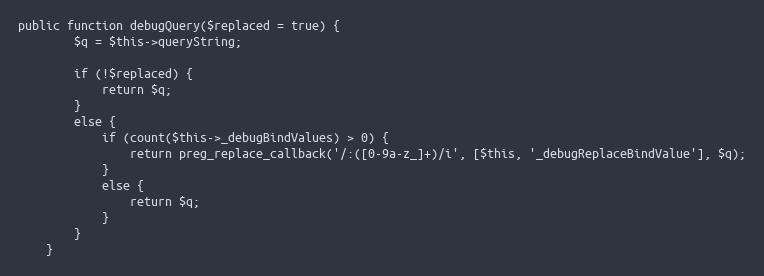
Language: PHP
public function debugQuery($replaced = true) {
        $q = $this->queryString;

        if (!$replaced) {
            return $q;
        }
        else {
            if (count($this->_debugBindValues) > 0) {
                return preg_replace_callback('/:([0-9a-z_]+)/i', [$this, '_debugReplaceBindValue'], $q);
            }
            else {
                return $q;
            }
        }
    }